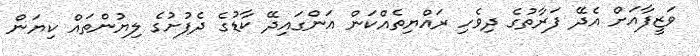
ވަޒީފާއަށް އެދޭ ފަރާތުގެ ދިވެހި ރައްޔިތެއްކަން އަންގައިދޭ ކާޑުގެ ދެފުށުގެ ލިޔުންތައް ކިޔަން